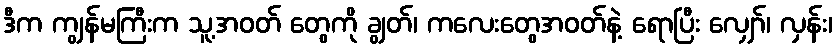
ဒီက ကျွန်မကြီးက သူ့အဝတ် တွေကို ချွတ်၊ ကလေးတွေအဝတ်နဲ့ ရောပြီး လျှော်၊ လှန်း၊